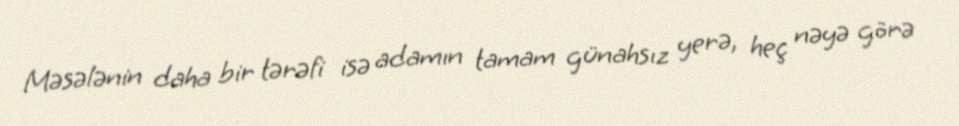
Məsələnin daha bir tərəfi isə adamın tamam günahsız yerə, heç nəyə görə